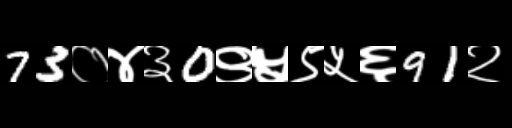
Text: 73०४३0९५९५६91२